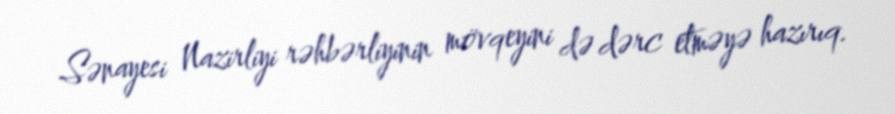
Sənayesi Nazirliyi rəhbərliyinin mövqeyini də dərc etməyə hazırıq.